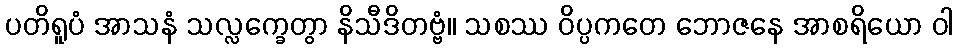
ပတိရူပံ အာသနံ သလ္လက္ခေတွာ နိသီဒိတဗ္ဗံ။ သစဿ ဝိပ္ပကတေ ဘောဇနေ အာစရိယော ဝါ